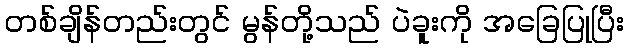
တစ်ချိန်တည်းတွင် မွန်တို့သည် ပဲခူးကို အခြေပြုပြီး